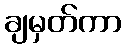
ချမှတ်ကာ